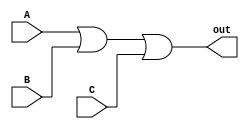
module OR_gate(input wire A, B, C, output wire out);

assign out = A | B | C;

endmodule